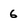
Character: 6